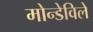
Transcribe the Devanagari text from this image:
मोन्डेविले